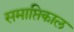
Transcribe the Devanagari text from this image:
समाप्तिकाल